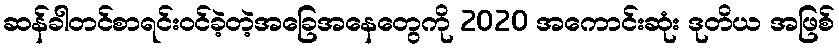
ဆန်ခါတင်စာရင်းဝင်ခဲ့တဲ့အခြေအနေတွေကို 2020 အကောင်းဆုံး ဒုတိယ အဖြစ်